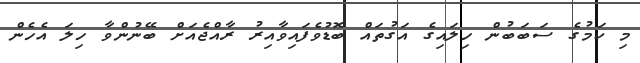
މި ކަމުގެ ސަބަބުން ހިލައިގެ އަގުތައް ބޮޑުވެފައިވާއިރު ރާއްޖެއަށް ބޭނުންވާ ހިލަ އެހެން